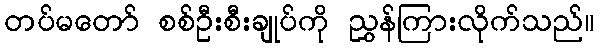
တပ်မတော် စစ်ဦးစီးချုပ်ကို ညွှန်ကြားလိုက်သည်။